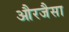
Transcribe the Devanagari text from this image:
औरजैसा